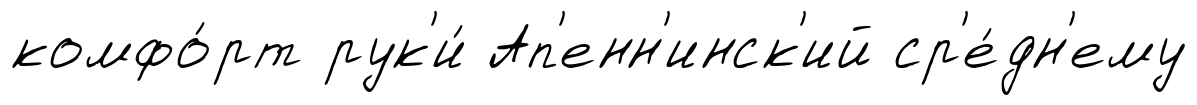
комфо́рт рук'и́ Ап'енн'инск'ий ср'е́дн'ему